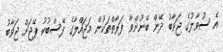
އެ ސުވާލުގެ ޖަވާބު ދޭން ބޭނުންވާ ފަރާތްތަކުން މަޖައްލާގެ ފޭސްބުކު ޕޭޖަށް ޖަވާބު